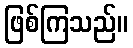
ဖြစ်ကြသည်။